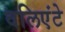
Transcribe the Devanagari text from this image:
वलिएंटे